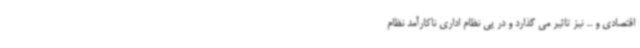
اقتصادی و ... نیز تاثیر می گذارد و در پی نظام اداری ناکارآمد نظام